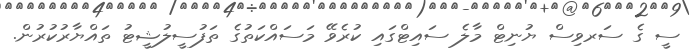
ސީ ގެ ސަރވިސް ޔުނިޓް މާލެ ސައިޓްގައި ކުރެވޭ މަސައްކަތުގެ ތަފުސީލުޝީޓު ތައްޔާރުކުރުން.